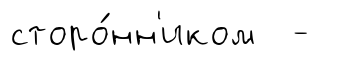
сторо́нн'иком -